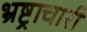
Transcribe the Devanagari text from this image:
भ्रष्ट्राचारी